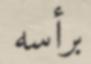
برأسه